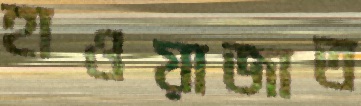
হাওয়াজাত